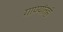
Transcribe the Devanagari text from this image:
गाण्यांतही